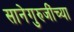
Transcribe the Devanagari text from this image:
सानेगुरुजींच्या